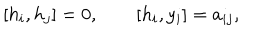
LaTeX: [ h _ { i } , h _ { j } ] = 0 , \qquad [ h _ { i } , y _ { i } ] = a _ { i j } ,